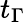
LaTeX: t_{\Gamma}